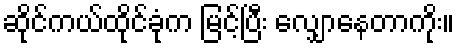
ဆိုင်ကယ်ထိုင်ခုံက မြင့်ပြီး လျှောနေတာကိုး။